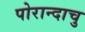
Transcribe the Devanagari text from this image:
पोरान्दाचु